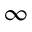
\infty